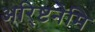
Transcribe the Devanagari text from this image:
अरि्ष्टनेमि